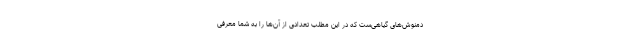
دمنوش‌های گیاهی‌ست که در این مطلب تعدادی از آن‌ها را به شما معرفی